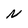
Character: N